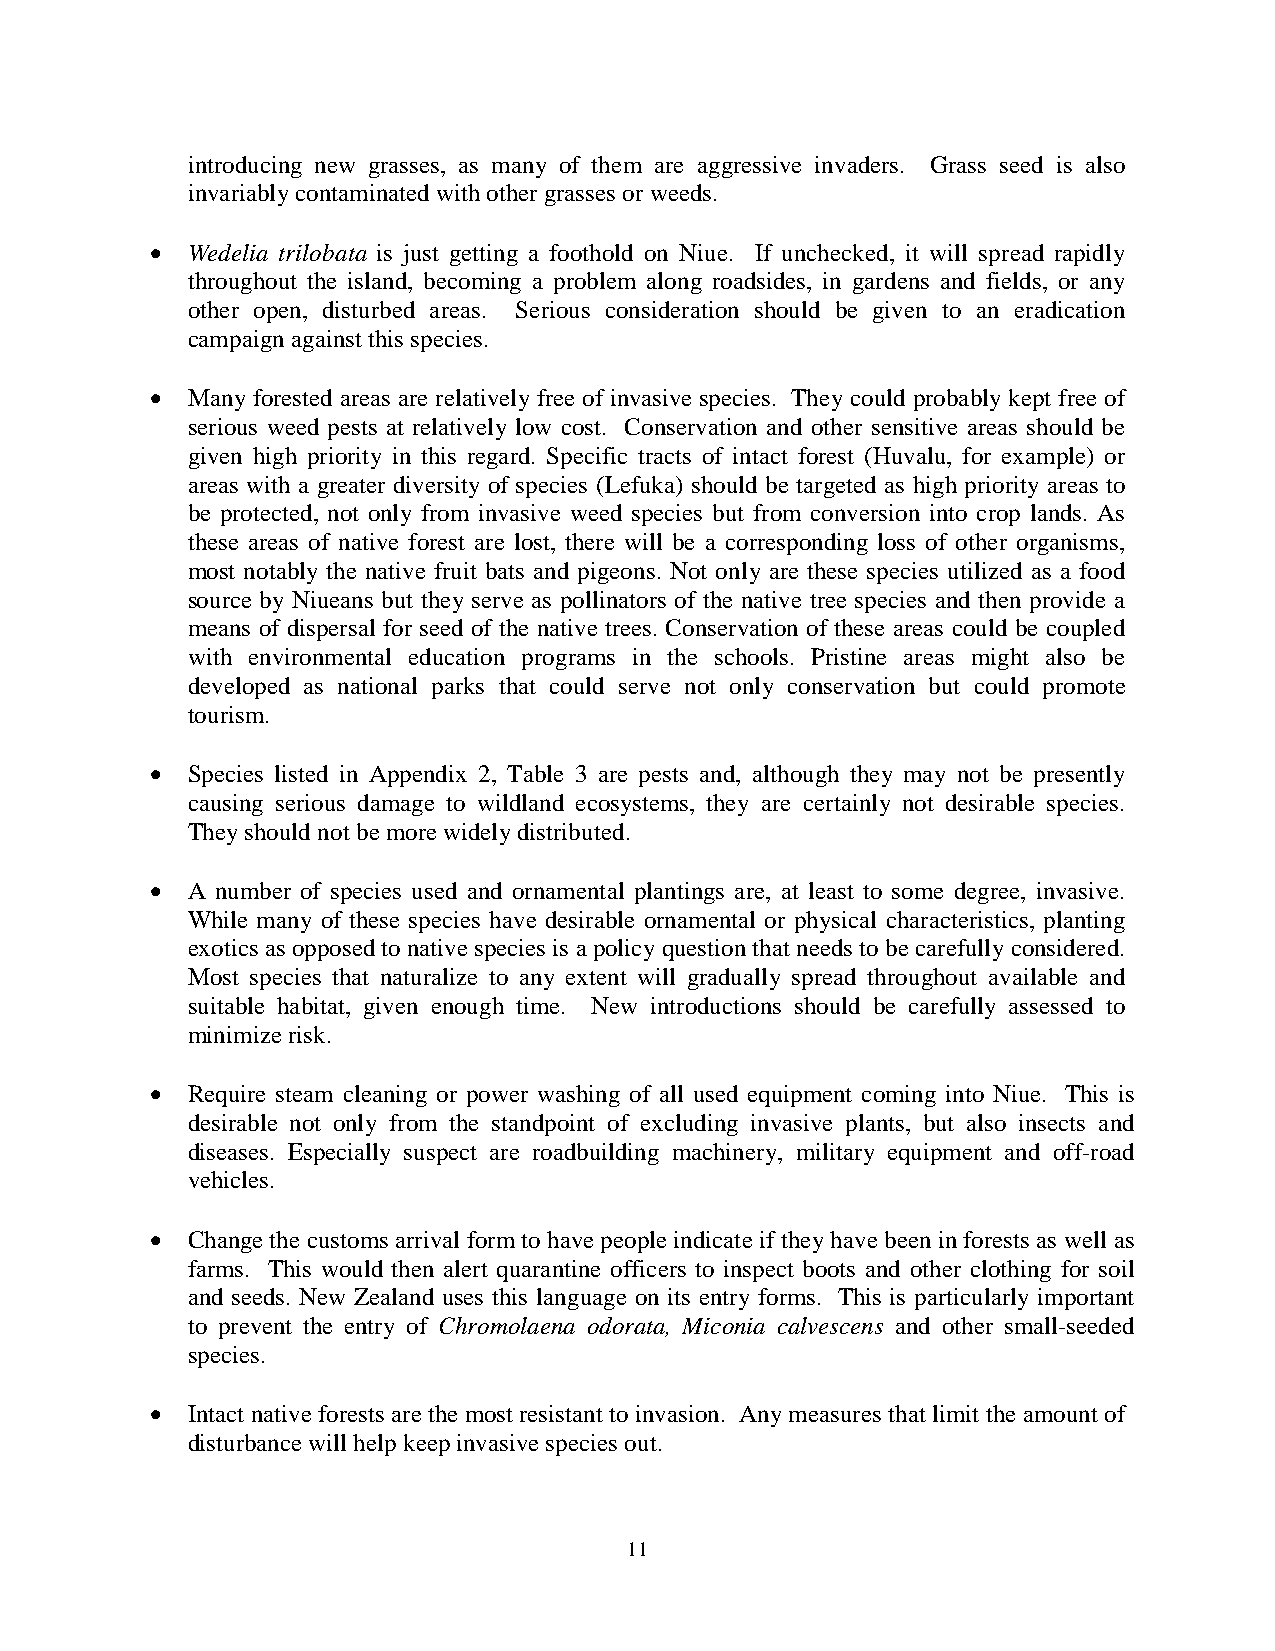
introducing new grasses, as many of them are aggressive invaders. Grass seed is also
 invariably contaminated with other grasses or weeds.
 • Wedelia trilobata is just getting a foothold on Niue. If unchecked, it will spread rapidly
 throughout the island, becoming a problem along roadsides, in gardens and fields, or any
 other open, disturbed areas. Serious consideration should be given to an eradication
 campaign against this species.
 • Many forested areas are relatively free of invasive species. They could probably kept free of
 serious weed pests at relatively low cost. Conservation and other sensitive areas should be
 given high priority in this regard. Specific tracts of intact forest (Huvalu, for example) or
 areas with a greater diversity of species (Lefuka) should be targeted as high priority areas to
 be protected, not only from invasive weed species but from conversion into crop lands. As
 these areas of native forest are lost, there will be a corresponding loss of other organisms,
 most notably the native fruit bats and pigeons. Not only are these species utilized as a food
 source by Niueans but they serve as pollinators of the native tree species and then provide a
 means of dispersal for seed of the native trees. Conservation of these areas could be coupled
 with environmental education programs in the schools. Pristine areas might also be
 developed as national parks that could serve not only conservation but could promote
 tourism.
 • Species listed in Appendix 2, Table 3 are pests and, although they may not be presently
 causing serious damage to wildland ecosystems, they are certainly not desirable species.
 They should not be more widely distributed.
 • A number of species used and ornamental plantings are, at least to some degree, invasive.
 While many of these species have desirable ornamental or physical characteristics, planting
 exotics as opposed to native species is a policy question that needs to be carefully considered.
 Most species that naturalize to any extent will gradually spread throughout available and
 suitable habitat, given enough time. New introductions should be carefully assessed to
 minimize risk.
 • Require steam cleaning or power washing of all used equipment coming into Niue. This is
 desirable not only from the standpoint of excluding invasive plants, but also insects and
 diseases. Especially suspect are roadbuilding machinery, military equipment and off-road
 vehicles.
 • Change the customs arrival form to have people indicate if they have been in forests as well as
 farms. This would then alert quarantine officers to inspect boots and other clothing for soil
 and seeds. New Zealand uses this language on its entry forms. This is particularly important
 to prevent the entry of Chromolaena odorata, Miconia calvescens and other small-seeded
 species.
 • Intact native forests are the most resistant to invasion. Any measures that limit the amount of
 disturbance will help keep invasive species out.
 11